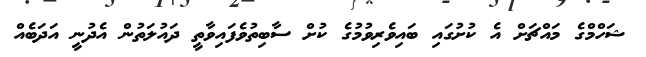
ޝަހްމްގެ މައްޗަށް އެ ކުށުގައި ބައިވެރިވުމުގެ ކުށް ސާބިތުވެފައިވާތީ ދައުލަތުން އެދުނީ އަދަބެއް